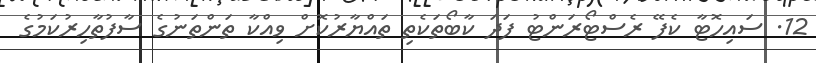
12. ސައިހޮޓާ ކެފޭ ރެސްޓޯރަންޓު ފަދަ ކާބޯތަކެތި ތައްޔާރުކޮށް ވިއްކާ ތަންތަނުގެ ސާފުތާހިރުކަމުގެ